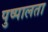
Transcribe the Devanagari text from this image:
पुष्पालता